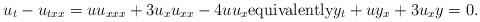
LaTeX: \begin{align*}u_t-u_{txx}=uu_{xxx}+3u_xu_{xx}-4uu_x \hbox{equivalently} y_t+uy_x+3u_xy=0.\end{align*}